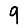
Digit: 9